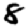
Digit: 8